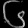
Digit: ၆